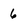
Character: 6